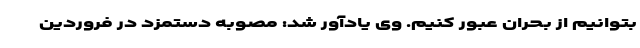
بتوانیم از بحران عبور کنیم. وی یادآور شد: مصوبه دستمزد در فروردين